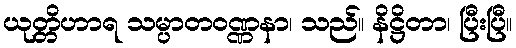
ယုတ္တိဟာရ သမ္ပာတဝဏ္ဏနာ၊ သည်။ နိဋ္ဌိတာ၊ ပြီးပြီ။